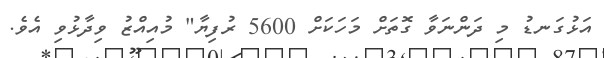
އަޅުގަނޑު މި ދަންނަވާ ގޮތަށް މަހަކަށް 5600 ރުފިޔާ" މުއިއްޒު ވިދާޅުވި އެވެ.